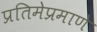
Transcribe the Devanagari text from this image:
प्रतिमेप्रमाणे